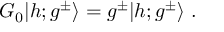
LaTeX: G _ { 0 } \vert h ; g ^ { \pm } \rangle = g ^ { \pm } \vert h ; g ^ { \pm } \rangle { } ~ .